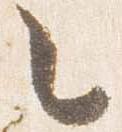
之